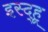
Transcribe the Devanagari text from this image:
इस्द्हू